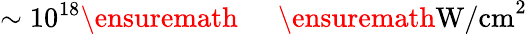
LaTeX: \sim 10^{18}\ensuremath{\mathrm{~\textrm~{~\, ~}~}}\ensuremath{\mathrm{W/cm}}^{2}